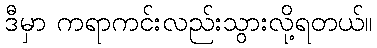
ဒီမှာ ကရာကင်းလည်းသွားလို့ရတယ်။